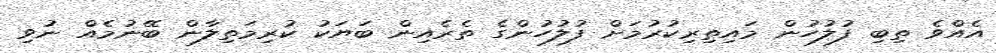
އެއްވެ ތިބި ފުލުހުން މައިތިރިކުރުމަށް ފުލުހުންގެ ތެރެއިން ބަޔަކު ކުރިމަތިލާން ބޭނުމެއް ނުވި